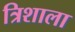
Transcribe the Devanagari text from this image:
त्रिशाला